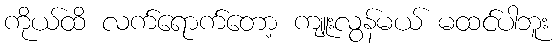
ကိုယ်ထိ လက်ရောက်တော့ ကျူးလွန်မယ် မထင်ပါဘူး